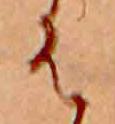
は